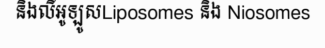
និងលីអូឡូសLiposomes និង Niosomes